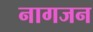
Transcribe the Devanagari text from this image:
नागजन